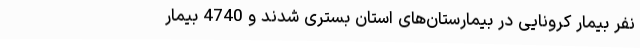
نفر بیمار کرونایی در بیمارستان‌های استان بستری شدند و 4740 بیمار